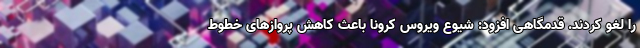
را لغو کردند. قدمگاهی افزود: شیوع ویروس کرونا باعث کاهش پروازهای خطوط